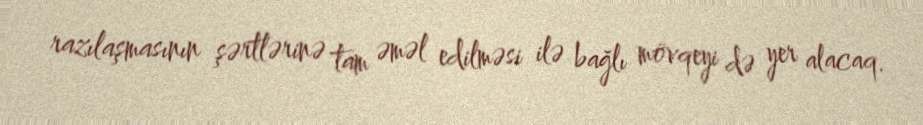
razılaşmasının şərtlərinə tam əməl edilməsi ilə bağlı mövqeyi də yer alacaq.